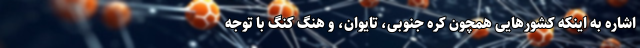
اشاره به اینکه کشورهایی همچون کره جنوبی، تایوان، و هنگ کنگ با توجه